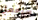
سيعمل